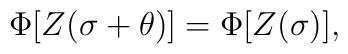
\Phi[Z(\sigma+\theta)]=\Phi[Z(\sigma)] ,